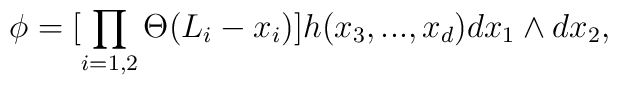
\phi = \bigl[ \prod_{i = 1,2} \Theta (L_{i} - x_{i})\bigr]h(x_{3},...,x_{d}) dx_{1}\wedge dx_{2},